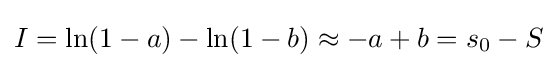
I=\ln(1-a)-\ln(1-b)\approx -a+b=s_{0}-S